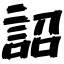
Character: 詔